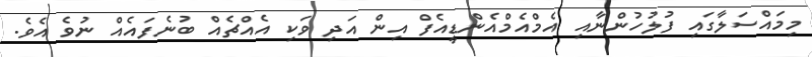
މިމައްސަލާގައި ފުލުހުންނާއި އެމްއެމްއެންޑީއެފް އިން އަދި ވަކި އެއްޗެއް ބުނެފައެއް ނުވެ އެވެ.